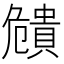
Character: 𧷪